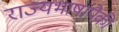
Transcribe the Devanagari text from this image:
राज्यभाषांपैकी